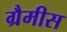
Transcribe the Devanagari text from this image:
ग्रैमीस